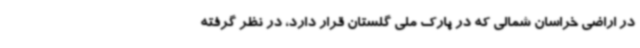
در اراضی خراسان شمالی که در پارک ملی گلستان قرار دارد، در نظر گرفته